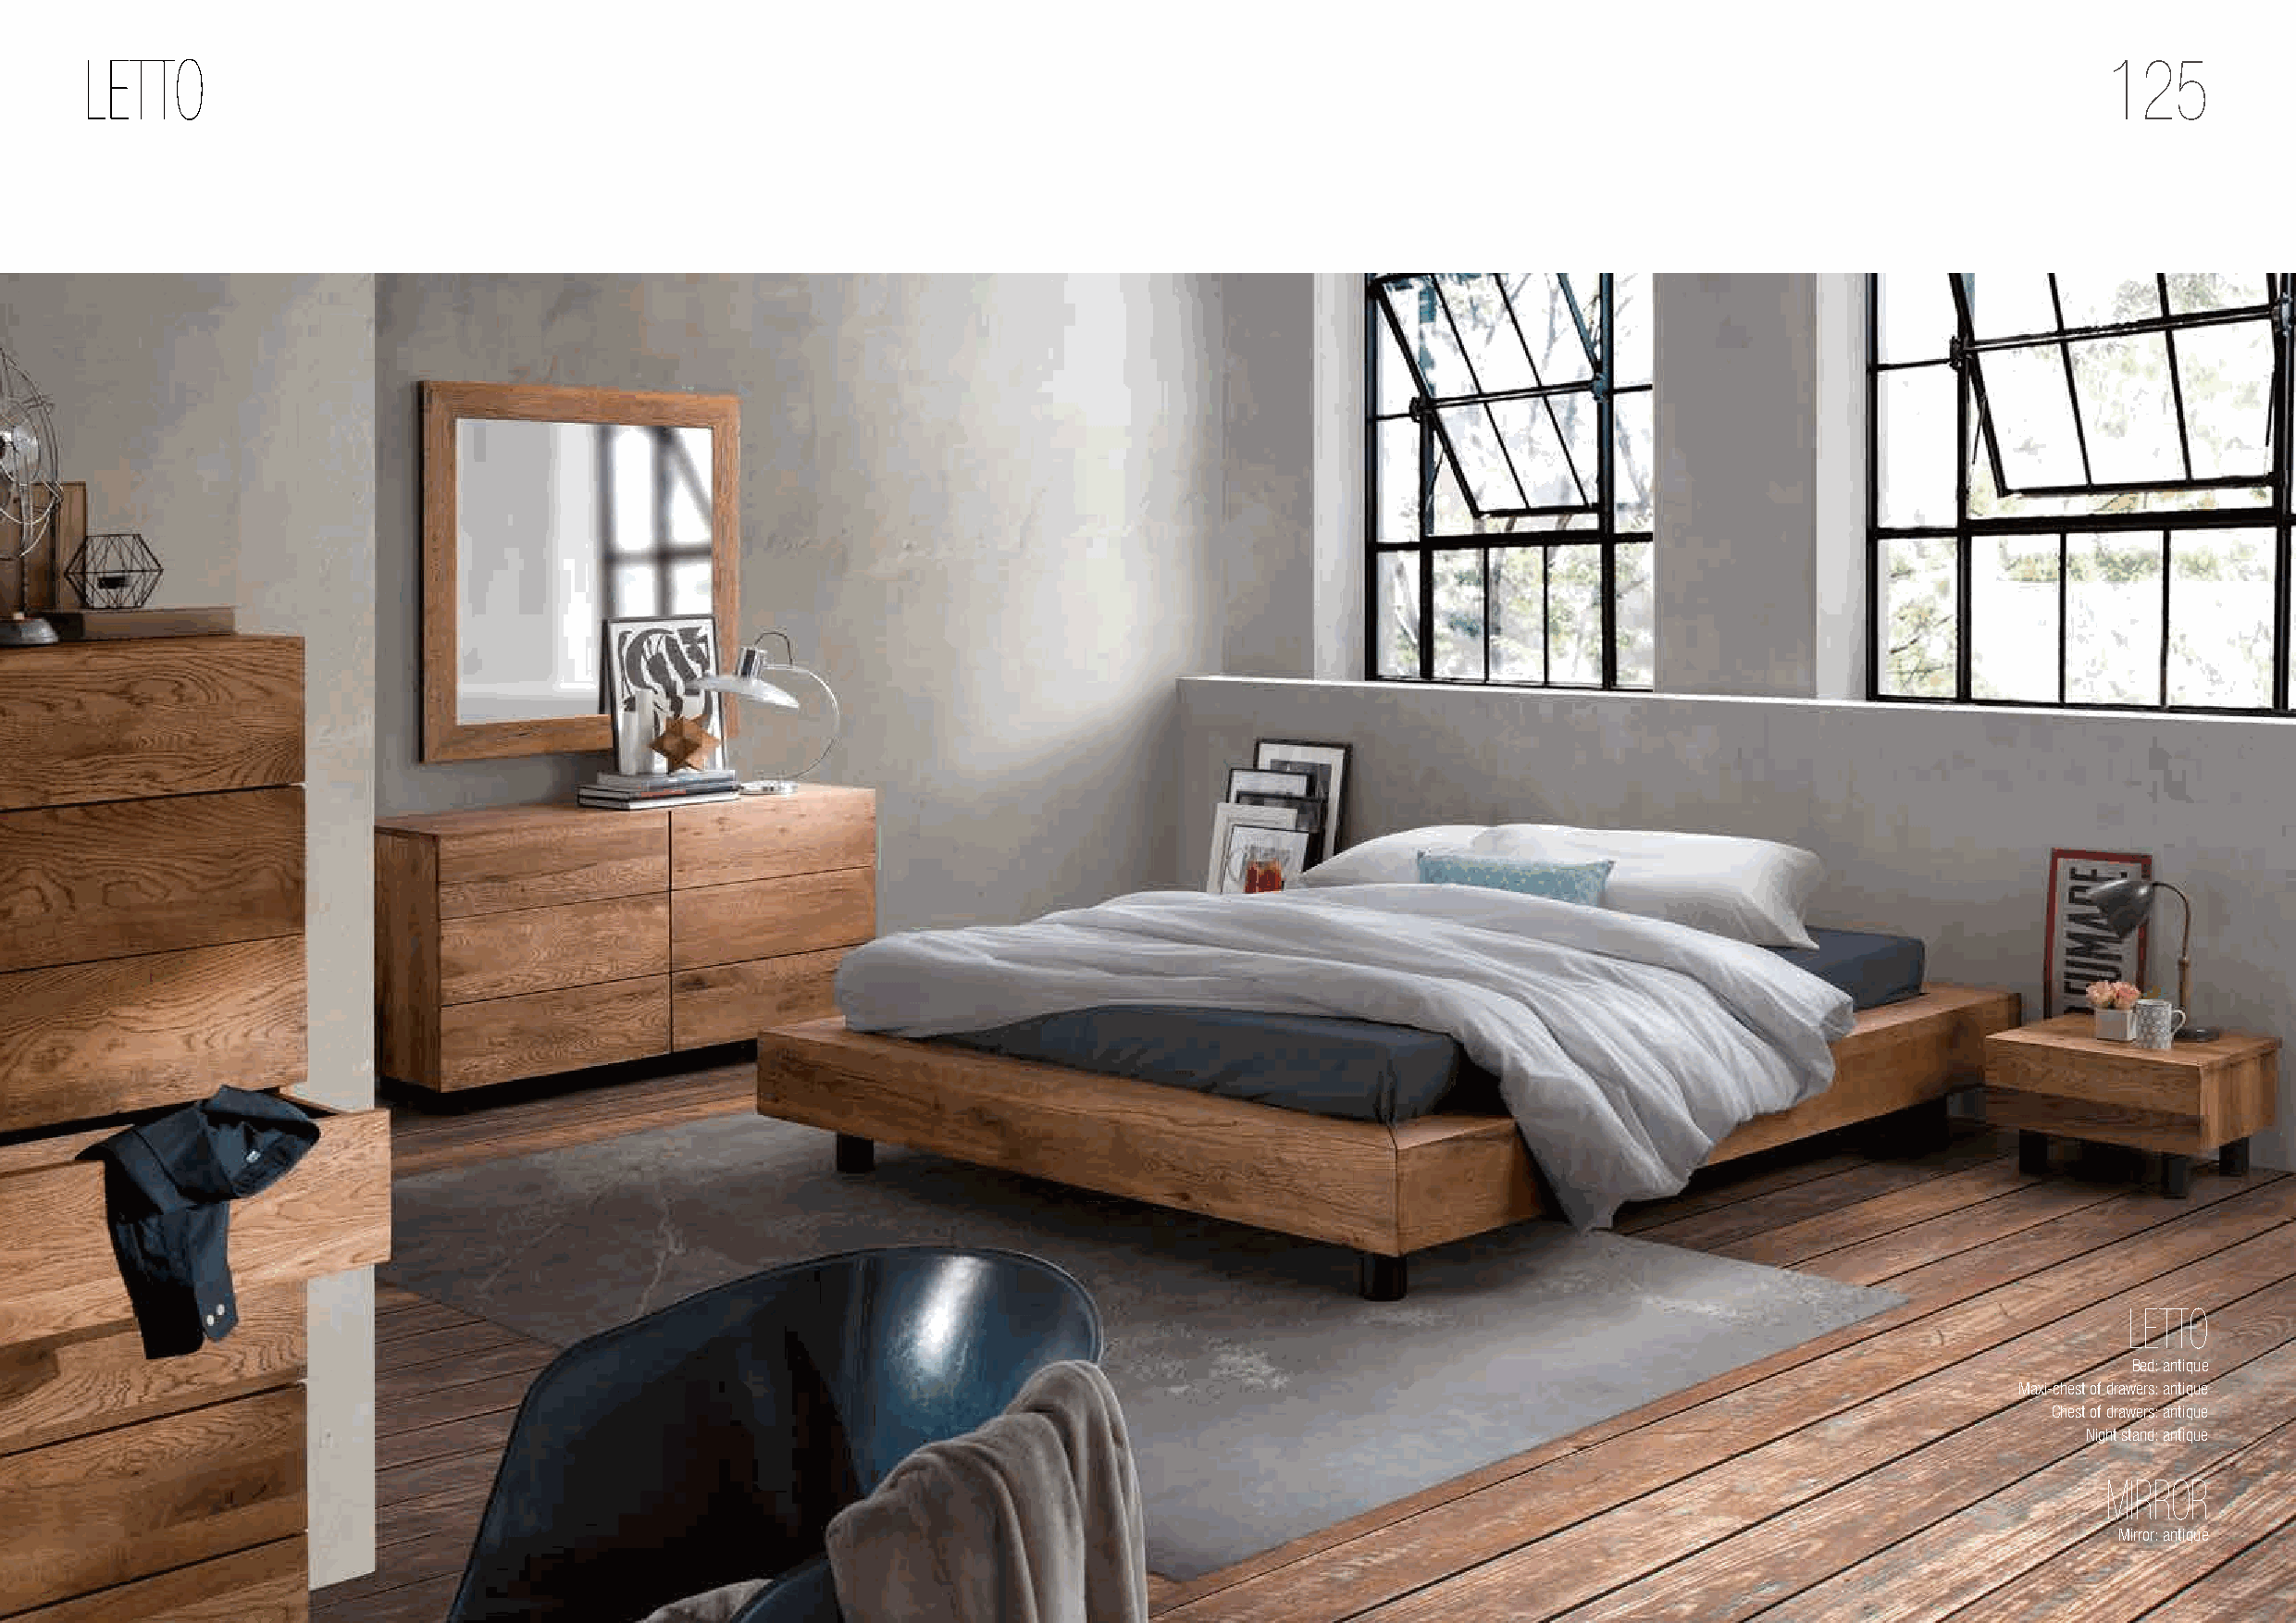
LETTO                                                                                                                                            125
 LETTO
 Bed: antique
 Maxi-chest of drawers: antique
 Chest of drawers: antique
 Night stand: antique
 MIRROR
 Mirror: antique